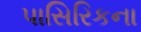
પાસિરિકના